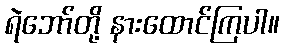
ရဲဘော်တို့ နားထောင်ကြပါ။